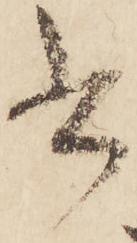
書